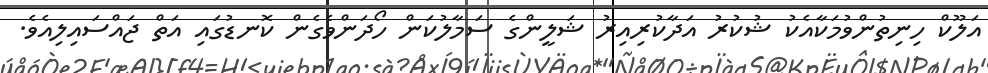
އަލޫކް ހިނިތުންވުމަކާއެކު ޝުކުރު އަދާކުރިއިރު ޝަލީންގެ ސަމާލުކަން ހޯދަންވެގެން ކޮނޑުގައި އަތް ޖައްސައިލިއެވެ.